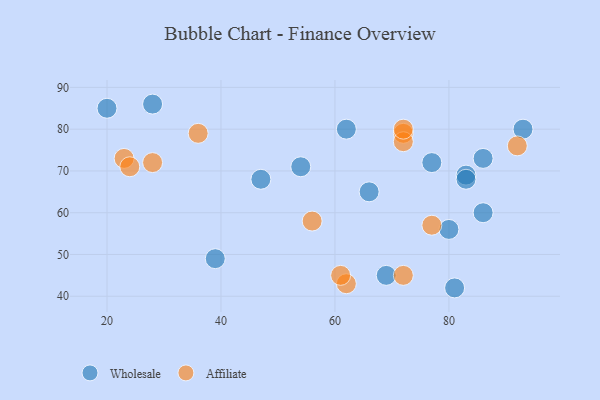
{"axis": {"x": "GDP", "y": "Life Expectancy"}, "legend": ["Affiliate", "Wholesale"], "data": [{"x": "86", "y": 60, "type": "Wholesale"}, {"x": "80", "y": 56, "type": "Wholesale"}, {"x": "81", "y": 42, "type": "Wholesale"}, {"x": "77", "y": 72, "type": "Wholesale"}, {"x": "47", "y": 68, "type": "Wholesale"}, {"x": "54", "y": 71, "type": "Wholesale"}, {"x": "28", "y": 86, "type": "Wholesale"}, {"x": "62", "y": 80, "type": "Wholesale"}, {"x": "93", "y": 80, "type": "Wholesale"}, {"x": "39", "y": 49, "type": "Wholesale"}, {"x": "86", "y": 73, "type": "Wholesale"}, {"x": "83", "y": 69, "type": "Wholesale"}, {"x": "20", "y": 85, "type": "Wholesale"}, {"x": "83", "y": 68, "type": "Wholesale"}, {"x": "66", "y": 65, "type": "Wholesale"}, {"x": "69", "y": 45, "type": "Wholesale"}, {"x": "72", "y": 45, "type": "Affiliate"}, {"x": "23", "y": 73, "type": "Affiliate"}, {"x": "72", "y": 79, "type": "Affiliate"}, {"x": "62", "y": 43, "type": "Affiliate"}, {"x": "28", "y": 72, "type": "Affiliate"}, {"x": "72", "y": 77, "type": "Affiliate"}, {"x": "77", "y": 57, "type": "Affiliate"}, {"x": "56", "y": 58, "type": "Affiliate"}, {"x": "24", "y": 71, "type": "Affiliate"}, {"x": "92", "y": 76, "type": "Affiliate"}, {"x": "61", "y": 45, "type": "Affiliate"}, {"x": "36", "y": 79, "type": "Affiliate"}, {"x": "72", "y": 80, "type": "Affiliate"}]}